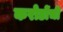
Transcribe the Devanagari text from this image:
करोडोंची